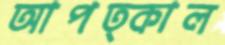
আপত্কাল